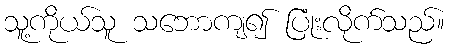
သူ့ကိုယ်သူ သဘောကျ၍ ပြုံးလိုက်သည်။